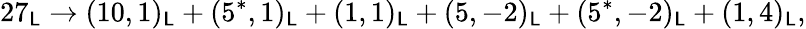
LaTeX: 27_{\mathsf{L}}\rightarrow(10,1)_{\mathsf{L}}+(5^{*},1)_{\mathsf{L}}+(1,1)_{\mathsf{L}}+(5,-2)_{\mathsf{L}}+(5^{*},-2)_{\mathsf{L}}+(1,4)_{\mathsf{L}},